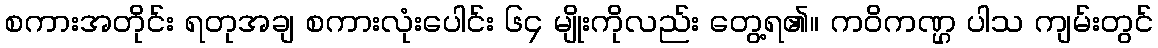
စကားအတိုင်း ရတုအချ စကားလုံးပေါင်း ၆၄ မျိုးကိုလည်း တွေ့ရ၏။ ကဝိကဏ္ဌ ပါသ ကျမ်းတွင်